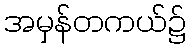
အမှန်တကယ်၌